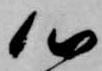
心